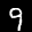
Label: 9